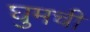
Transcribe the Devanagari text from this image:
घुमची